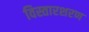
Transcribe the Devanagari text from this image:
विस्तारशरण